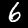
Digit: 6